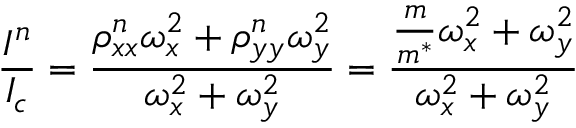
\frac { I ^ { n } } { I _ { c } } = \frac { \rho _ { x x } ^ { n } \omega _ { x } ^ { 2 } + \rho _ { y y } ^ { n } \omega _ { y } ^ { 2 } } { \omega _ { x } ^ { 2 } + \omega _ { y } ^ { 2 } } = \frac { \frac { m } { m ^ { * } } \omega _ { x } ^ { 2 } + \omega _ { y } ^ { 2 } } { \omega _ { x } ^ { 2 } + \omega _ { y } ^ { 2 } }